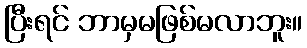
ပြီးရင် ဘာမှမဖြစ်မလာဘူး။